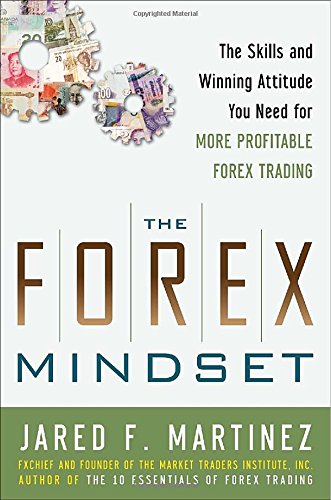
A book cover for The Forex Mindset: The Skills and Winning Attitude You Need for More Profitable Forex Trading; Jared Martinez; Business & Money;